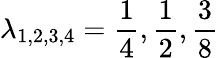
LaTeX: \lambda_{1,2,3,4}=\frac{1}{4},\frac{1}{2},\frac{3}{8}